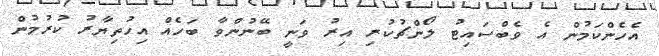
އެހެންކަމުން އެ ވެބްސައިޓު ލޯންޗުކުރި އިރު ވަނީ ބޭނުންވާ ބަހެއް އިހުތިޔާރު ކުރުމުން